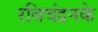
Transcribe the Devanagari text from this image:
रविचंद्रनके